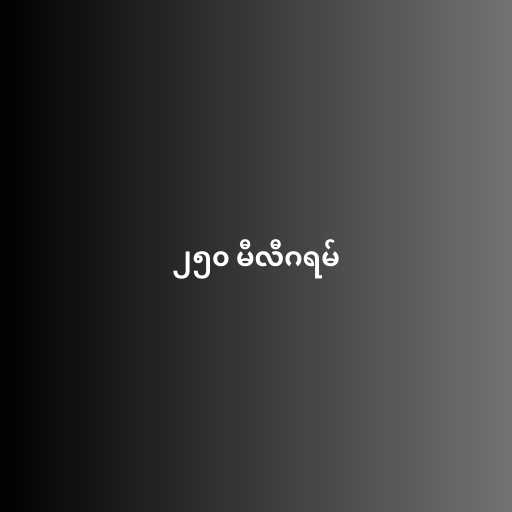
၂၅၀ မီလီဂရမ်